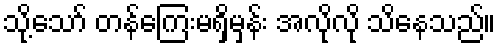
သို့သော် တန်ကြေးမရှိမှန်း အလိုလို သိနေသည်။